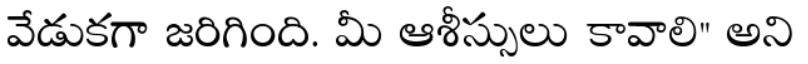
వేడుకగా జరిగింది. మీ ఆశీస్సులు కావాలి" అని